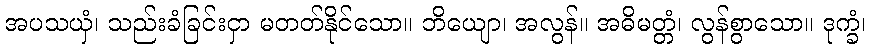
အပသယှံ၊ သည်းခံခြင်းငှာ မတတ်နိုင်သော။ ဘိယျော၊ အလွန်။ အဓိမတ္တံ၊ လွန်စွာသော။ ဒုက္ခံ၊